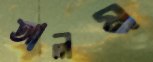
আলম